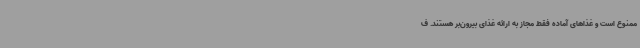
ممنوع است و غذاهای آماده فقط مجاز به ارائه غذای بیرون‌بر هستند. ف